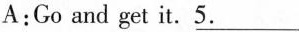
A:Goand get it.\underline{5.}___